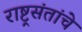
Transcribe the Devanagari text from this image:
राष्ट्रसंतांचे